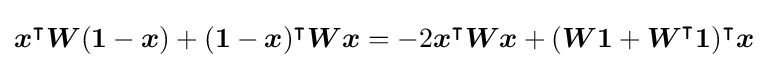
{\boldsymbol {x}}^{\intercal }{\boldsymbol {W}}({\boldsymbol {1}}-{\boldsymbol {x}})+({\boldsymbol {1}}-{\boldsymbol {x}})^{\intercal }{\boldsymbol {Wx}}=-2{\boldsymbol {x}}^{\intercal }{\boldsymbol {Wx}}+({\boldsymbol {W1}}+{\boldsymbol {W}}^{\intercal }{\boldsymbol {1}})^{\intercal }{\boldsymbol {x}}